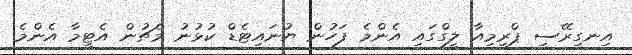
އިނގިރޭސި ޕްރިމިއާ ލީގްގައި އެންމެ ފަހުން ޔުނައިޓެޑް ކުޅުނު މެޗުން އެޓީމާ އެންމެ